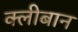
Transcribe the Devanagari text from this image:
क्लीबान